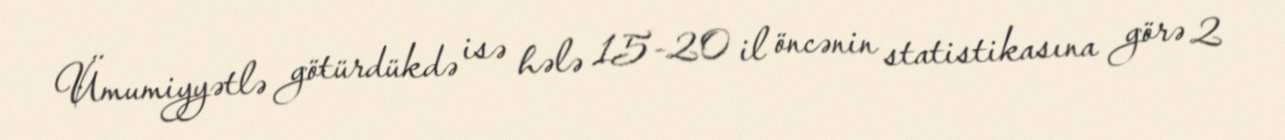
Ümumiyyətlə götürdükdə isə hələ 15-20 il öncənin statistikasına görə 2